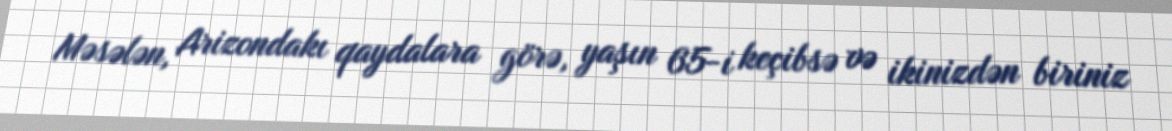
Məsələn, Arizondakı qaydalara görə, yaşın 65-i keçibsə və ikinizdən biriniz